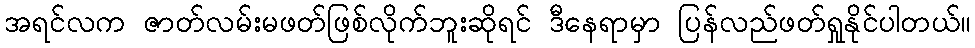
အရင်လက ဇာတ်လမ်းမဖတ်ဖြစ်လိုက်ဘူးဆိုရင် ဒီနေရာမှာ ပြန်လည်ဖတ်ရှုနိုင်ပါတယ်။